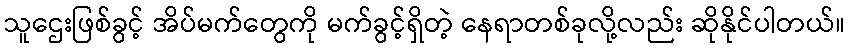
သူဌေးဖြစ်ခွင့် အိပ်မက်တွေကို မက်ခွင့်ရှိတဲ့ နေရာတစ်ခုလို့လည်း ဆိုနိုင်ပါတယ်။